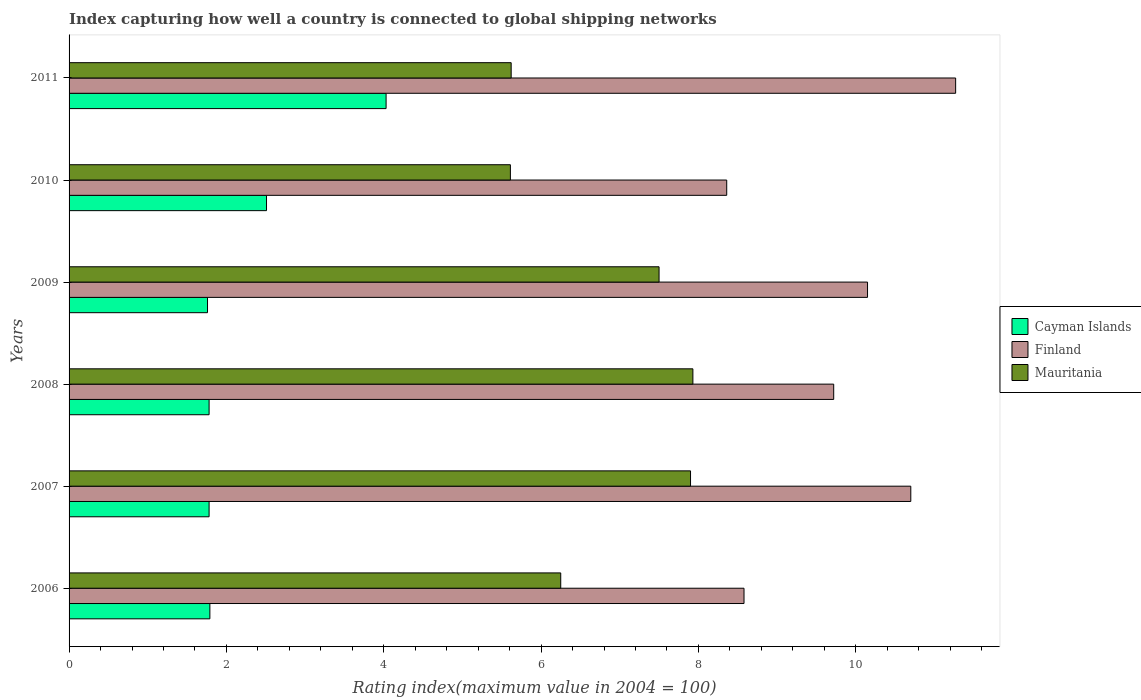
| Years | Cayman Islands | Finland | Mauritania |
 | --- | --- | --- | --- |
 | 2006 | 1.79 | 8.58 | 6.25 |
 | 2007 | 1.78 | 10.7 | 7.9 |
 | 2008 | 1.78 | 9.72 | 7.93 |
 | 2009 | 1.76 | 10.2 | 7.5 |
 | 2010 | 2.51 | 8.36 | 5.61 |
 | 2011 | 4.03 | 11.3 | 5.62 |